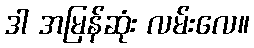
ဒါ အမြန်ဆုံး လမ်းလေ။